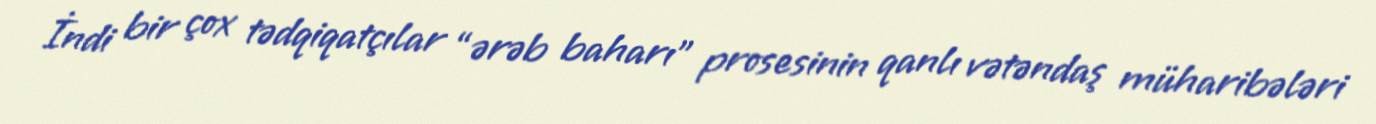
İndi bir çox tədqiqatçılar “ərəb baharı” prosesinin qanlı vətəndaş müharibələri